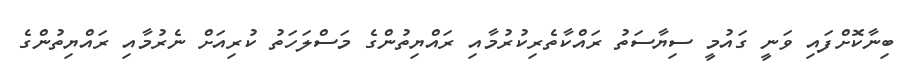
ބިނާކޮށްފައި ވަނީ ގައުމީ ސިޔާސަތު ރައްކާތެރިކުރުމާއި ރައްޔިތުންގެ މަސްލަހަތު ކުރިއަށް ނެރުމާއި ރައްޔިތުންގެ